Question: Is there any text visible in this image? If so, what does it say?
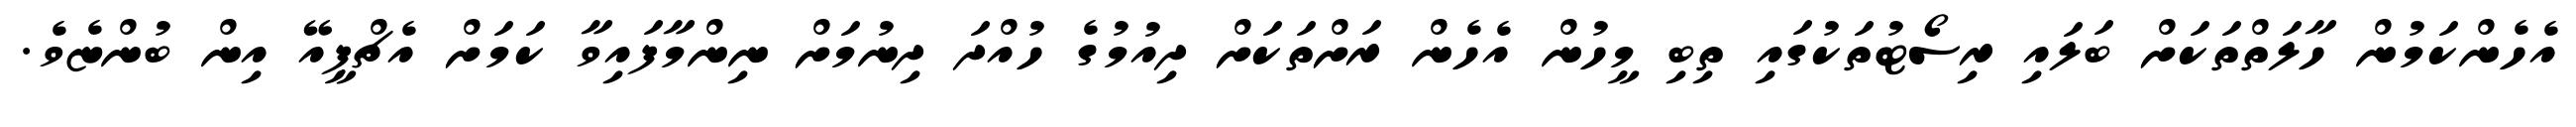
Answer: އެހެންކަމުން ހާލަތްތަކަށް ބަލައި ރިސޯޓުތަކުގައި ތިބި މީހުން އެހެން ރަށްތަކަށް ދިއުމުގެ ހުއްދަ ދިނުމަށް ނިންމާފައިވާ ކަމަށް އެޗްޕީއޭ އިން ބުންޏެވެ.